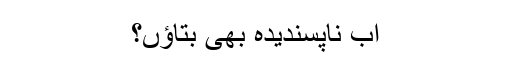
اب ناپسندیدہ بھی بتاؤں؟